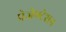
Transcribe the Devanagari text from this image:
प्रेजेण्टेशन